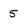
Character: 5